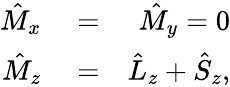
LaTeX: \begin{array}{rlr}{\hat{M}_{x}}&{{}=}&{\hat{M}_{y}=0}\\ {\hat{M}_{z}}&{{}=}&{\hat{L}_{z}+\hat{S}_{z},}\end{array}